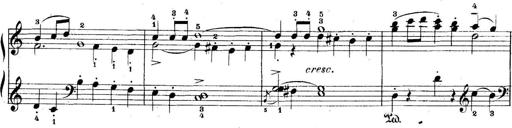
Title: 5 Sonatinas
Composer: Theodor Kirchner